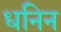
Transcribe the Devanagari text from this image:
धनिन